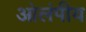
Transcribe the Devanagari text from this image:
ओलंपीय